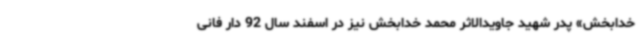
خدابخش» پدر شهید جاویدالاثر محمد خدابخش نیز در اسفند سال 92 دار فانی